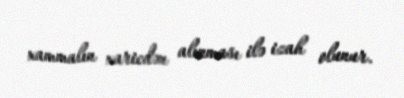
xammalın xaricdən alınması ilə izah olunur.